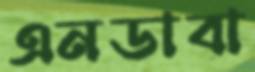
এনডাবা